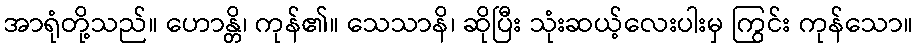
အာရုံတို့သည်။ ဟောန္တိ၊ ကုန်၏။ သေသာနိ၊ ဆိုပြီး သုံးဆယ့်လေးပါးမှ ကြွင်း ကုန်သော။